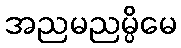
အညမညမ္ပိမေ